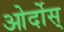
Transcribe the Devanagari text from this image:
ओर्दोस्